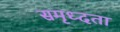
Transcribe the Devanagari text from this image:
समृध्दता